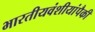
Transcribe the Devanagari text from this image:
भारतीयवंशीयांपैकी